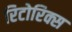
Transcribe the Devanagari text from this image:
रिटोरिक्स